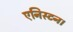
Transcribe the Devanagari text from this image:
एनिस्टन।